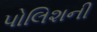
પોલિશની